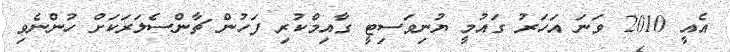
އެއީ 2010 ވަނަ އަހަރު ގައުމީ ޔުނިވަސިޓީ ގާއިމްކުރި ފަހުން ޗާންސެލަރަކަށް ހުންނެވި